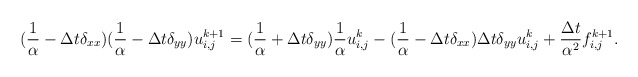
\begin{align*}(\frac{1}{\alpha}-\Delta t \delta_{xx}) (\frac{1}{\alpha}-\Delta t \delta_{yy}) u^{k+1}_{i,j}= (\frac{1}{\alpha} +\Delta t \delta_{yy}) \frac{1}{\alpha} u^k_{i,j}- (\frac{1}{\alpha}-\Delta t \delta_{xx}) \Delta t \delta_{yy} u^k_{i,j}+ \frac{\Delta t}{\alpha^2} f^{k+1}_{i,j}.\end{align*}